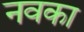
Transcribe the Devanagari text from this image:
नवका